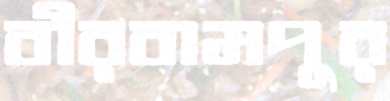
বীরবামপুর